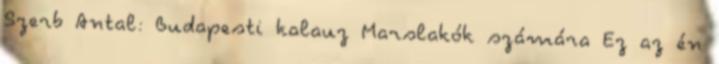
Szerb Antal: Budapesti kalauz Marslakók számára Ez az én